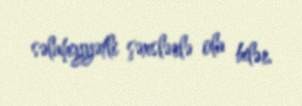
səlahiyyətli şəxslərlə ola bilər.